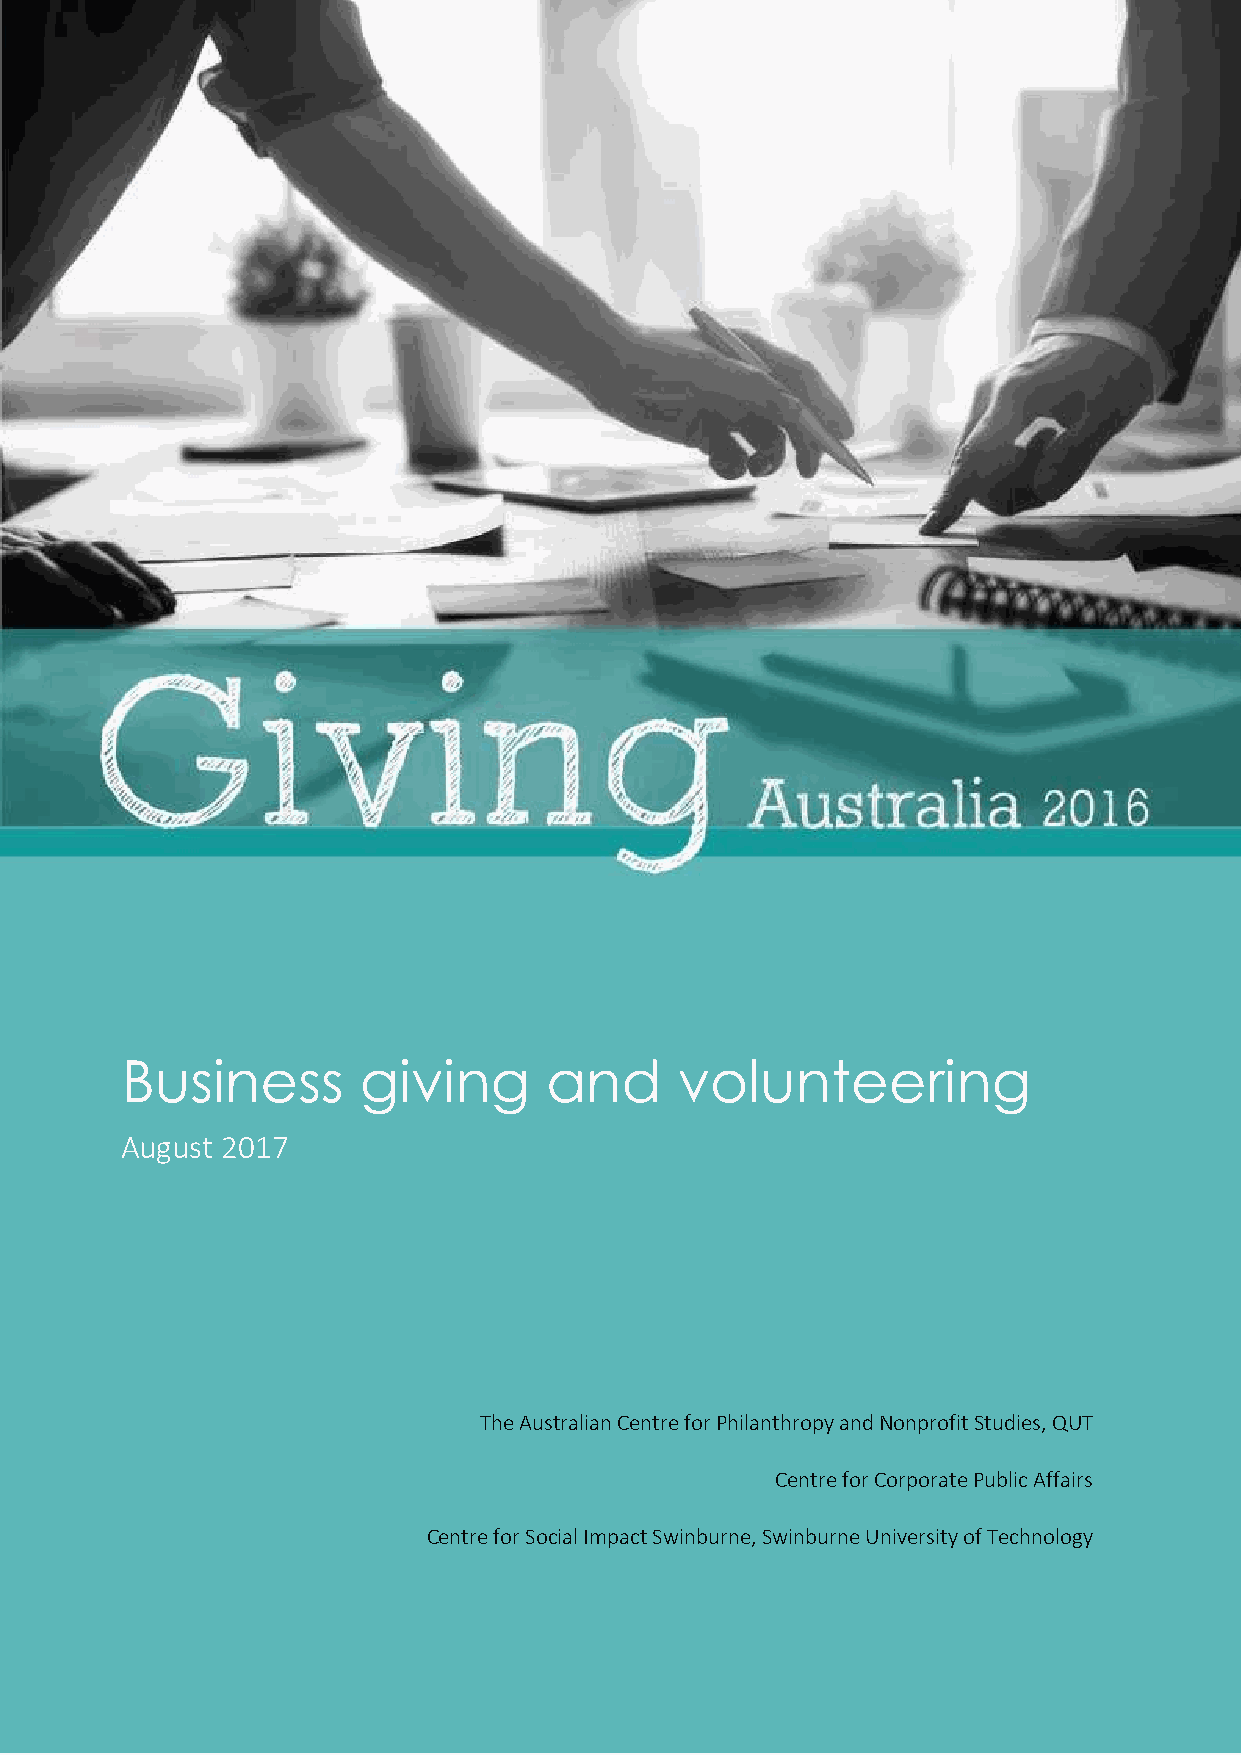
Business        giving      and      volunteering
 Au gust 2017
 The Australian Centre for Philanthropy and Nonprofit Studies, QUT
 Centre for Corporate Public Affairs
 Centre for Social Impact Swinburne, Swinburne University of Technology